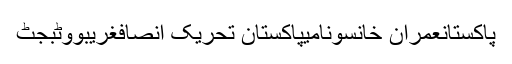
پاکستانعمران خانسونامیپاکستان تحریک انصافغریبووٹبجٹ